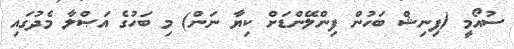
ސުއޯމީ (ފިނިޝް ބަހުން ފިންލޭންޑަށް ކިޔާ ނަން) މި ބަހުގެ އަޞްލާ މެދުގައި